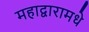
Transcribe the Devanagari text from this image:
महाद्वारामधे